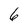
Character: 6